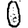
Digit: 0